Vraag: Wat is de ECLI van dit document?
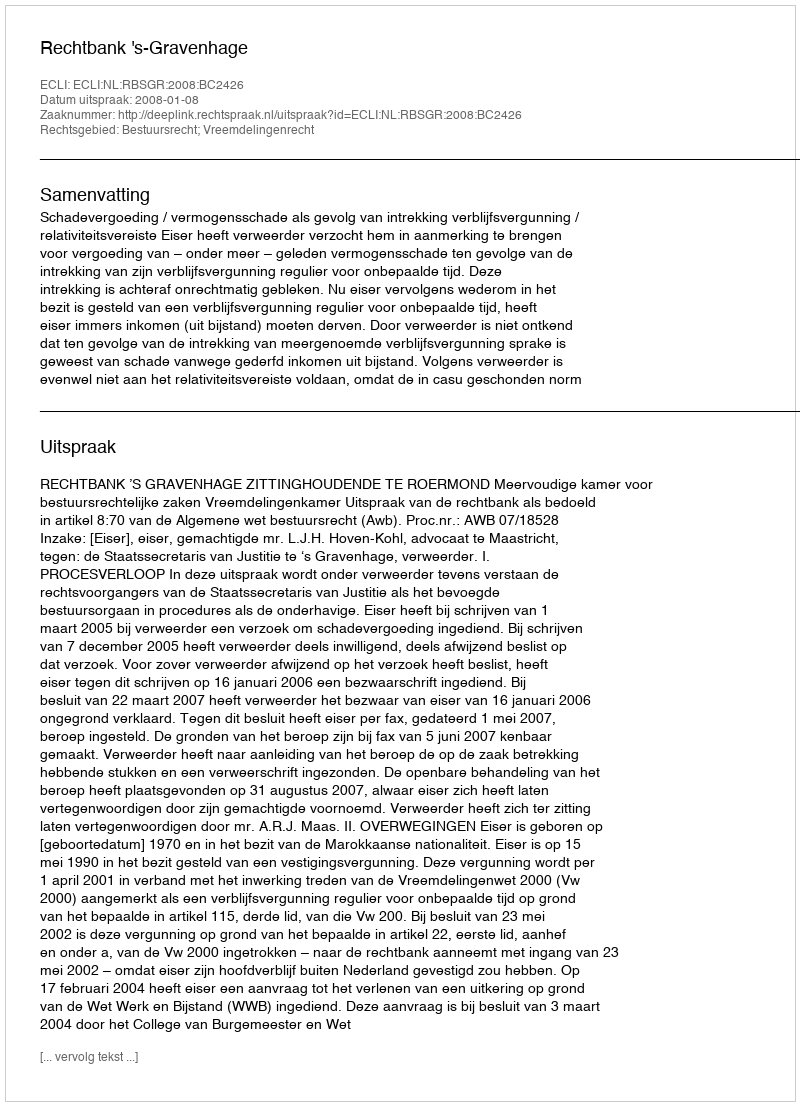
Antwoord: ECLI:NL:RBSGR:2008:BC2426